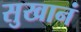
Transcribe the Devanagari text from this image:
सुखानं